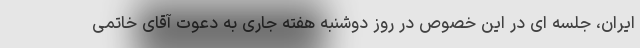
ایران، جلسه ای در این خصوص در روز دوشنبه هفته جاری به دعوت آقای خاتمی